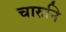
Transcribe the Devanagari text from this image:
चारुनि